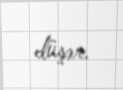
düşər.